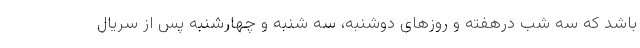
باشد که سه شب درهفته و روز‌های دوشنبه، سه شنبه و چهارشنبه پس از سریال